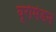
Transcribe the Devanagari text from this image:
यूरोमेडन